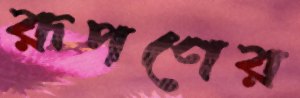
রূপণের